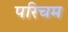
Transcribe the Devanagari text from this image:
परिचम